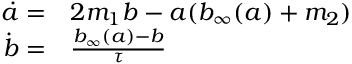
\begin{array} { r l } { \dot { a } = } & { { } 2 m _ { 1 } b - a ( b _ { \infty } ( a ) + m _ { 2 } ) } \\ { \dot { b } = } & { { } \frac { b _ { \infty } ( a ) - b } { \tau } } \end{array}